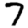
Digit: 7